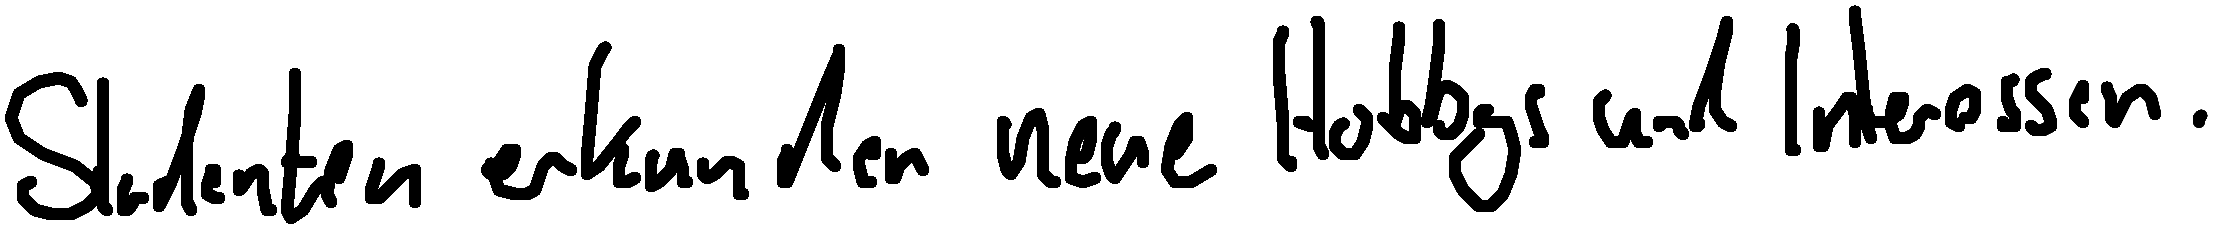
Studenten erkunden neue Hobbys und Interessen.